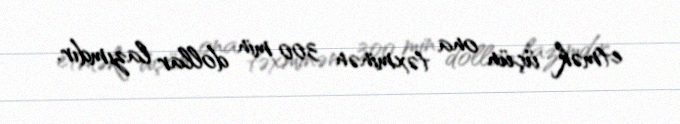
etmək üçün ona təxminən 300 min dollar lazımdır.